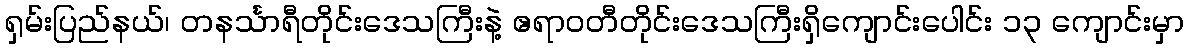
ရှမ်းပြည်နယ်၊ တနင်္သာရီတိုင်းဒေသကြီးနဲ့ ဧရာဝတီတိုင်းဒေသကြီးရှိကျောင်းပေါင်း ၁၃ ကျောင်းမှာ